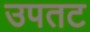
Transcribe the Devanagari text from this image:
उपतट